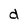
Character: d